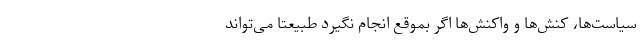
سیاست‌ها، کنش‌ها و واکنش‌ها اگر بموقع انجام نگیرد طبیعتاً می‌تواند